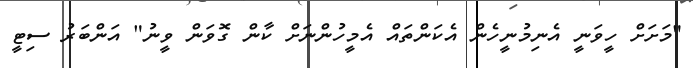
"މަށަށް ހީވަނީ އެނިމުނީހެން އެކަންތައް އެމީހުންނަށް ކާން ގޮވަން ވީނު" އަންބަރު ސިޓީ